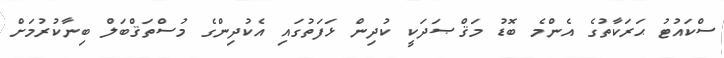
ސްކައުޓު ޙަރަކާތުގެ އެންމެ ބޮޑު މަޤްޞަދަކީ ކުދިން ޅަފަތުގައި އެކުދިންގެ މުސްތަޤްބަލް ބިނާކުރުމަށް